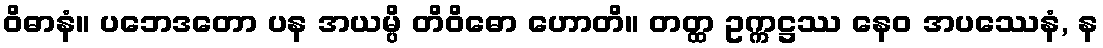
ဝိဓာနံ။ ပဘေဒတော ပန အယမ္ပိ တိဝိဓော ဟောတိ။ တတ္ထ ဥက္ကဋ္ဌဿ နေဝ အပဿေနံ, န